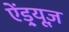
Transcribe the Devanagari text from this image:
ऐंड्र्यूज़